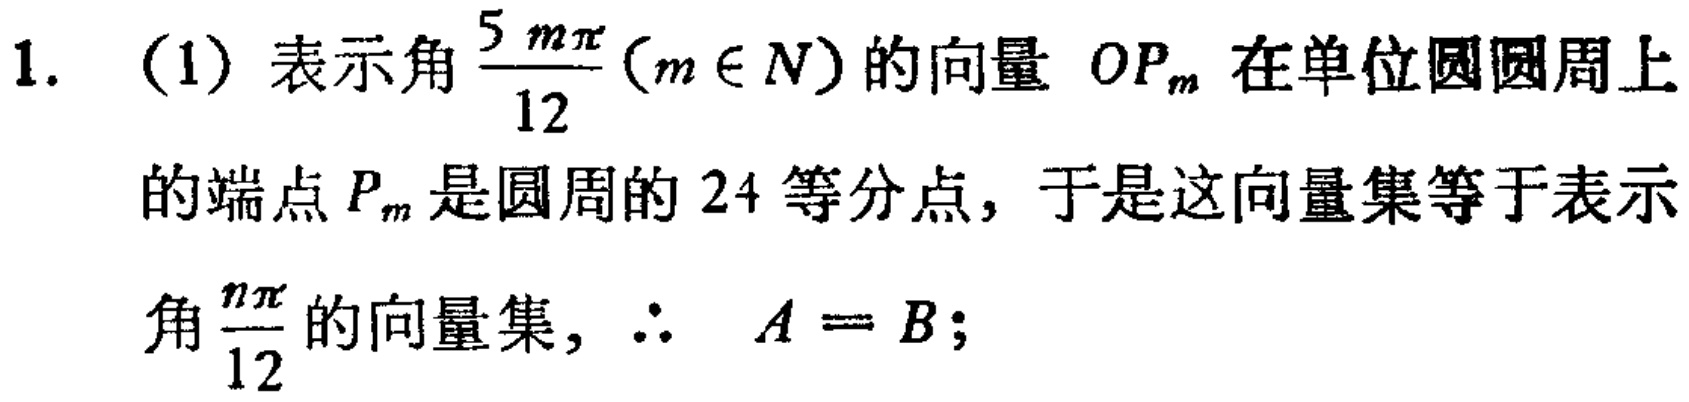
1. (1) 表示角$\frac{5m\pi}{12}(m\in N)$的向量 $OP_{m}$在单位圆圆周上

的端点$P_{m}$是圆周的$24$等分点，于是这向量集等于表示

角$\frac{n\pi}{12}$的向量集，$\therefore A = B$；